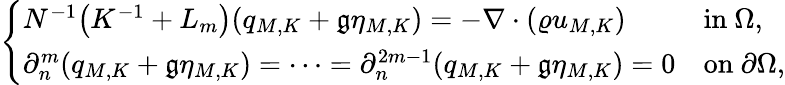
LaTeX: \left\{ \begin{array}{ll}{N^{-1}\big(K^{-1}+L_{m}\big)(q_{M,K}+\mathfrak{g}\eta_{M,K})=-\nabla\cdot(\varrho u_{M,K})}&{\mathrm{in~}\Omega,}\\ {\partial_{n}^{m}(q_{M,K}+\mathfrak{g}\eta_{M,K})=\cdots=\partial_{n}^{2m-1}(q_{M,K}+\mathfrak{g}\eta_{M,K})=0}&{\mathrm{on~}\partial\Omega,}\end{array}\right.